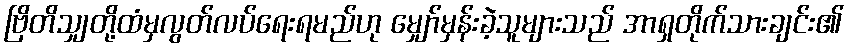
ဗြိတိသျှတို့ထံမှလွတ်လပ်ရေးရမည်ဟု မျှော်မှန်းခဲ့သူများသည် အာရှတိုက်သားချင်း၏